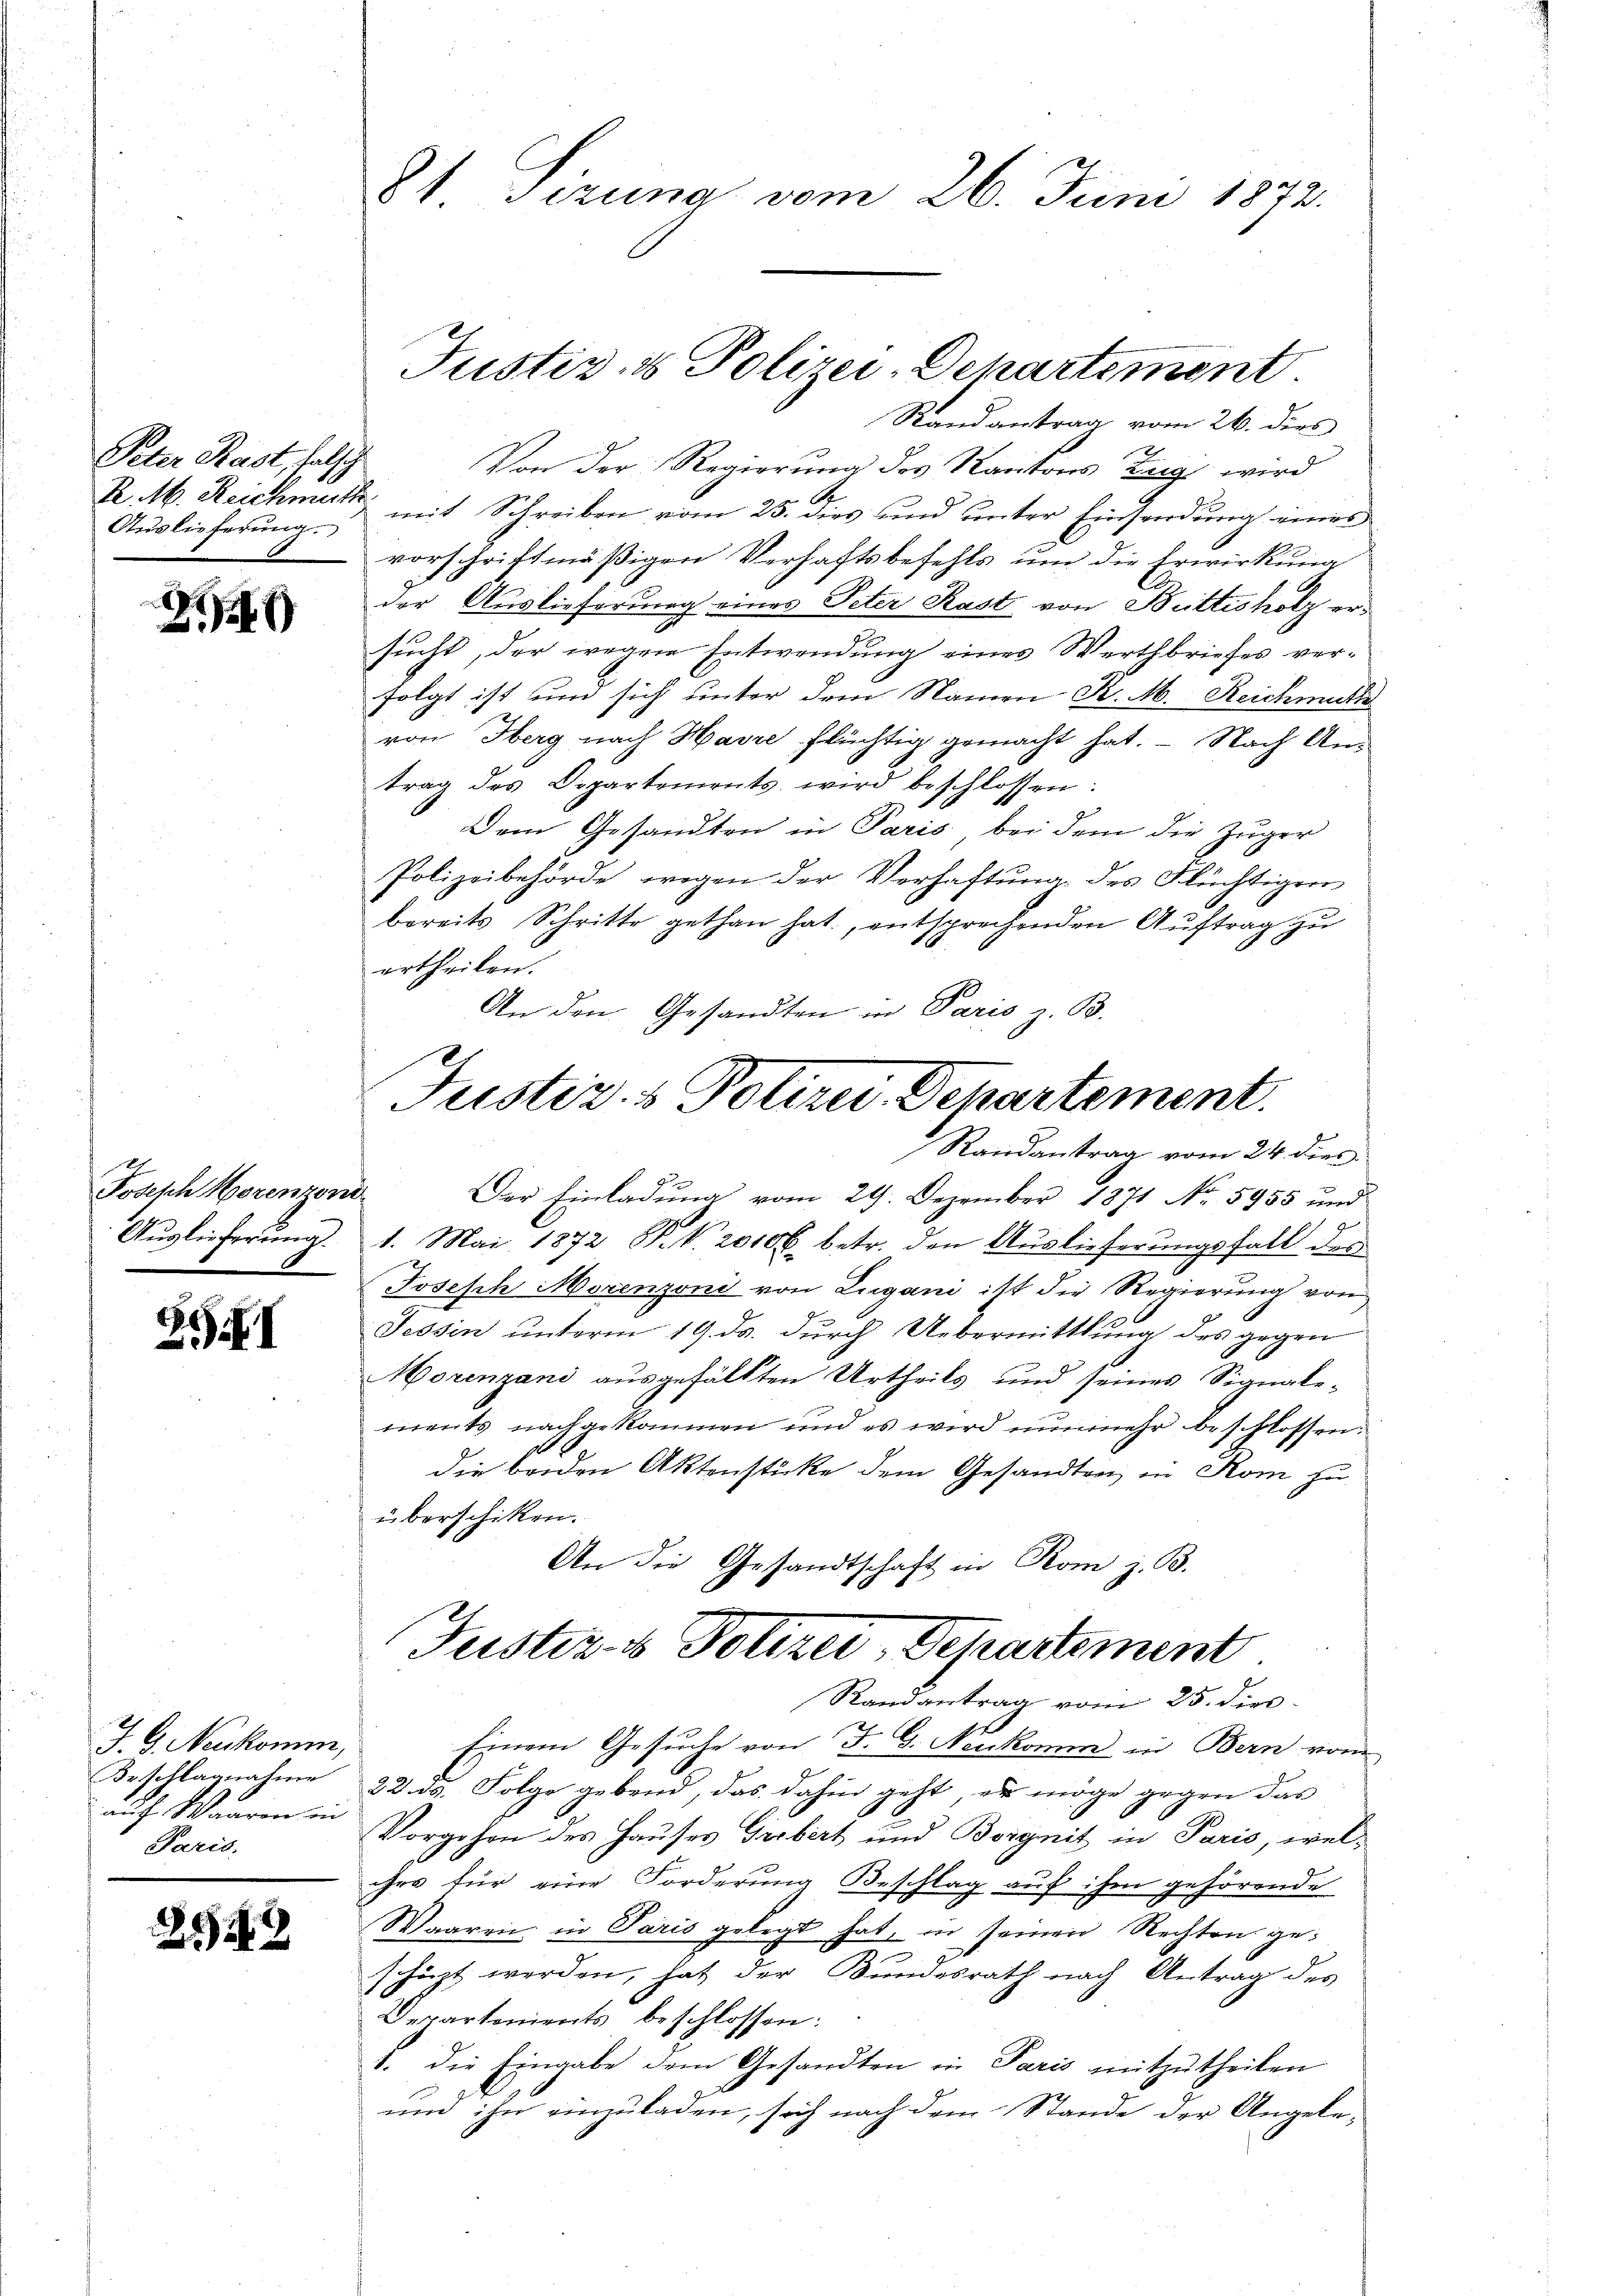
Peter Rast, falsche
Auslieferung.

d
2

Josesch Horenzend
Auslieferung.

XI

J. G. Neukomm,
Beschlagnahme
auf Waaren in
Paris.

2942

Randantrag vom 26. dies
Von der Regierung des Kantons Zug wird
R. M. Reichmatt mit Schreiben vom 25. dies und unter Einsendung eines
vorschriftmäßigen Verhaftsbefehls um die Erwirkung
der Auslieferung eines Peter Rast von Büttisholz ersucht, der wegen Entwendung eines Werthbriefes verfolgt ist um sich unter dem Namen K. M. Reichmuthe
von Herg nach Havre flüchtig gemacht hat. - Nach Antrag des Dipartements wird beschlossen:
Dem Gesandten in Paris bei dem die Zuger
Polizeibehörde wegen der Verhaftung des Flüchtiger
bereits Schritte gethan hat, entsprechenden Auftrag zu
ertheilen.
An den Gesandten in Paris z. B.
Der Einladŭng vom 29. Dezember 1871 No. 5955 und
z
1. Mai 1872 P. V. 20106 betr. den Auslieferungsfall des
Joseph Morenzoni von Lugani ist die Regierung von
Tessin unterm 19. ds. durch Uebermittlung des gegen
Morenzani ausgefällten Urtheils und seines Signale-
ments nachgekommen und es wird nunmehr beschlossen.
die beiden Aktenstücke dem Gesandten in Rom zu
überschiken.
An die Gesandtschaft in Rom z. B.
Fusteres Polizei, Departement
Randantrag vom 25. dies
Einem Gesuche von J. G. Neukomm in Bern vom
22. ds. Folge gebend, das dahin geht, er möge gegen das
Vorgehen des Hauses Grebert und Borgnit in Paris, welches für eine Forderung Beschlag auf ihm gehörende
Waaren in Paris gelegt hat, in seinen Rechten geschüzt werden, hat der Bundesrath nach Antrag des
Departements beschlossen:
1. die Eingabe dem Gesandten in Paris mitzutheilen
und ihn einzuladen, sich nach dem Stande der Angele¬

81 Sizung vom 26. Juni 1872.

Justiz- & Polizei-Departement

Justiz- & Polizei, Departement.
Randantrag vom 24. dies